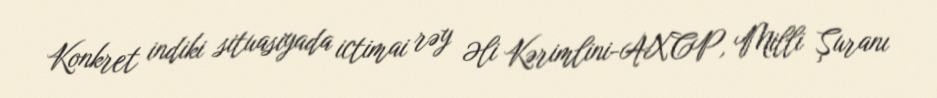
Konkret indiki situasiyada ictimai rəy Əli Kərimlini-AXCP, Milli Şuranı